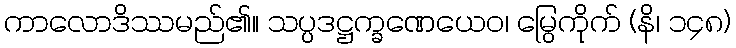
ကာလောဒိဿမည်၏။ သပ္ပဒဋ္ဌက္ခဏေယေဝ၊ မြွေကိုက် (နိ၊ ၁၄၈)